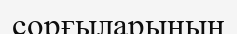
сорғыларының